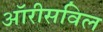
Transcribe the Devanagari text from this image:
ऑरीसविल